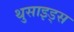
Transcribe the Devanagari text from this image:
थुसाइड्स